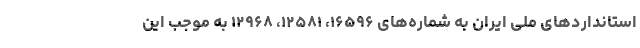
استانداردهای ملی ایران به شماره‌های ۱۶۵۹۶، ۱۲۵۸۱، ۱۲۹۶۸ به موجب این